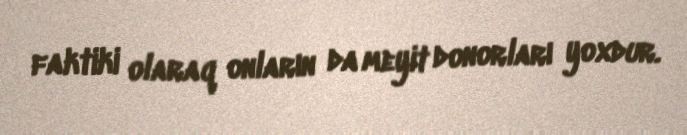
faktiki olaraq onların da meyit donorları yoxdur.